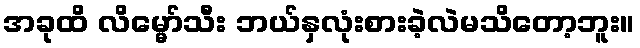
အခုထိ လိမ္မော်သီး ဘယ်နှလုံးစားခဲ့လဲမသိတော့ဘူး။